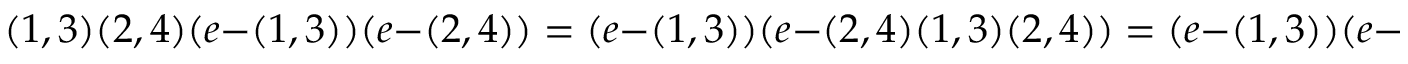
( 1 , 3 ) ( 2 , 4 ) ( e - ( 1 , 3 ) ) ( e - ( 2 , 4 ) ) = ( e - ( 1 , 3 ) ) ( e - ( 2 , 4 ) ( 1 , 3 ) ( 2 , 4 ) ) = ( e - ( 1 , 3 ) ) ( e - ( 2 , 4 ) )